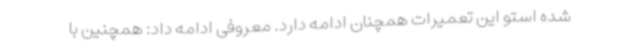
شده استو این تعمیرات همچنان ادامه دارد. معروفی ادامه داد: همچنین با